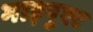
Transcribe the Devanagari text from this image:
माइनुएट